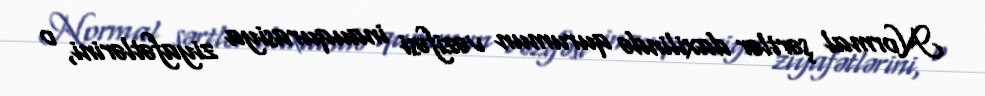
Normal şərtlər daxilində qurumun vəzifəsi inauqurasiya ziyafətlərini, o